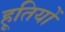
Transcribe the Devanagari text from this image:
हूतियों